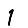
Digit: 1